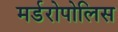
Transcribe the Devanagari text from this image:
मर्डरोपोलिस